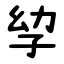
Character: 孧